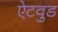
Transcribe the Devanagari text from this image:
ऐटवुड